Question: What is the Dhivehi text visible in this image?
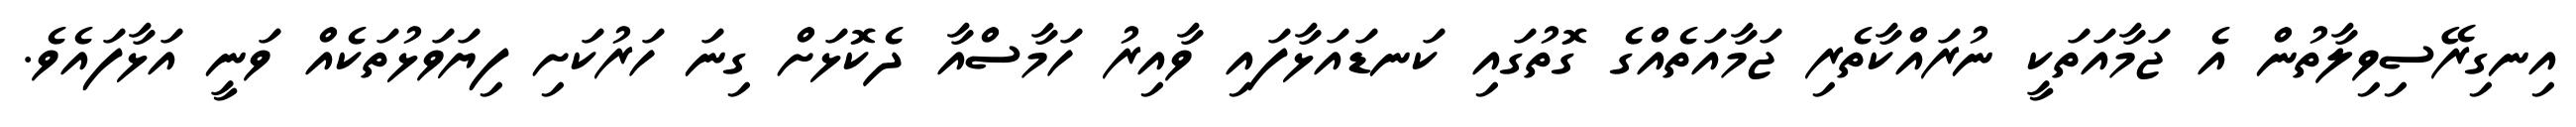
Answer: އިނގިރޭސިވިލާތުން އެ ޖަމާއަތަކީ ނުރައްކާތެރި ޖަމާއަތެއްގެ ގޮތުގައި ކަނޑައަޅާފައި ވާއިރު ހަމާސްއާ ދެކޮޅަށް ގިނަ ހަރުކަށި ފިޔަވަޅުތަކެއް ވަނީ އަޅާފައެވެ.